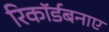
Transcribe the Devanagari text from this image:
रिकॉर्डबनाए